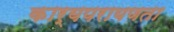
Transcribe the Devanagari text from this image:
कार्यपरायणता